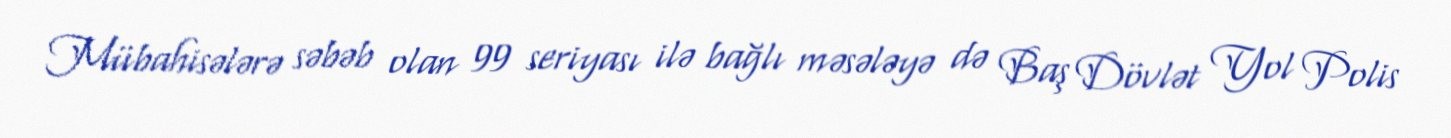
Mübahisələrə səbəb olan 99 seriyası ilə bağlı məsələyə də Baş Dövlət Yol Polis